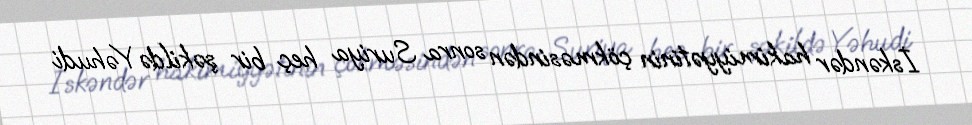
İskəndər hakimiyyətinin çökməsindən sonra Suriya heç bir şəkildə Yəhudi